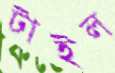
টাইল